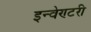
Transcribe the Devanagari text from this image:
इन्वेण्टरी